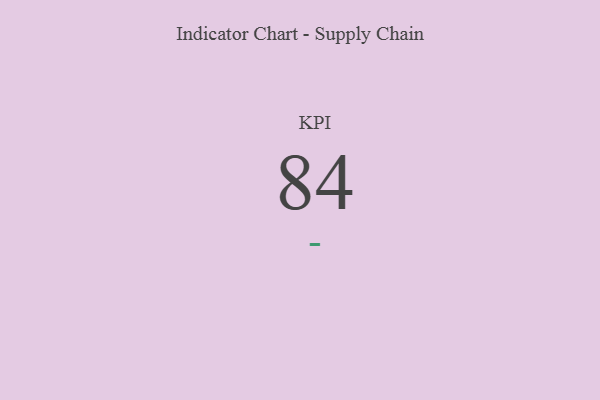
{"axis": {"x": "KPI", "y": "Value"}, "legend": [""], "data": [{"x": "KPI", "y": 84, "type": ""}]}